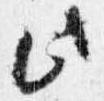
此